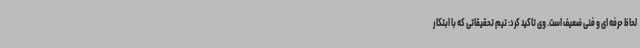
لحاظ حرفه ای و فنی ضعیف است. وی تاکید کرد: تیم تحقیقاتی که با ابتکار